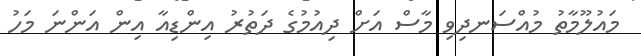
މައުލޫމާތު މުއްސަނދިވި މާސް އަށް ދިއުމުގެ ދަތުރު އިންޑިއާ އިން އަންނަ މަހު